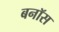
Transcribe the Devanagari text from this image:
बनॉस